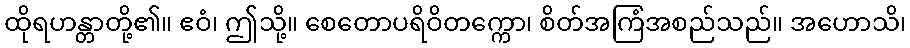
ထိုရဟန္တာတို့၏။ ဧဝံ၊ ဤသို့။ စေတောပရိဝိတက္ကော၊ စိတ်အကြံအစည်သည်။ အဟောသိ၊